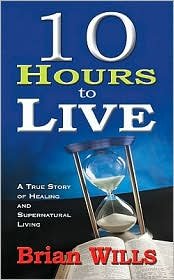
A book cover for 10 Hours to Live: A True Story of Healing and Supernatural Living by Brian Wills; Law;